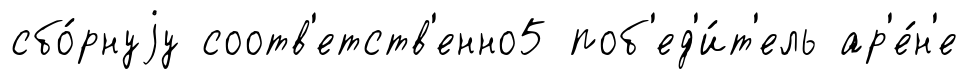
сбо́рнуjу соотв'етств'енно5 поб'ед'и́т'ель ар'е́н'е